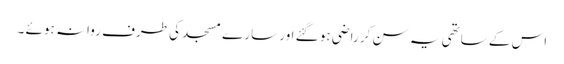
اس کے ساتھی یہ سن کر راضی ہو گئے اور سارے مسجد کی طرف روانہ ہوئے ۔